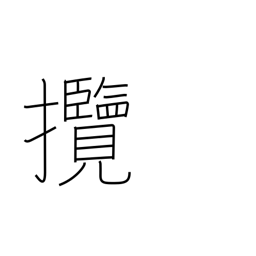
Meaning: hold (in hand)